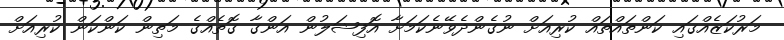
މަރުކަޒެއްގައި ކަންތައްތައް ކުރިއަށް ނުގެންދެވޭނެކަމަށާ އޮފިޝަލުން އަންގާ ގޮތެއްގެ މަތިން ކަންކަން ކުރިއަށް